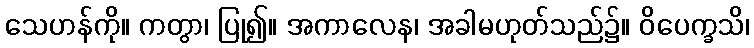
သေဟန်ကို။ ကတွာ၊ ပြု၍။ အကာလေန၊ အခါမဟုတ်သည်၌။ ဝိပေက္ခသိ၊